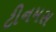
ટીનમસ